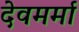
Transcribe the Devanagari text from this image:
देवमर्मा